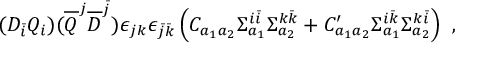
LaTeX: ( D _ { \bar { i } } Q _ { i } ) ( { \overline { { Q } } } ^ { j } { \overline { { D } } } ^ { \bar { j } } ) \epsilon _ { j k } \epsilon _ { { \bar { j } } { \bar { k } } } \left( C _ { a _ { 1 } a _ { 2 } } \Sigma _ { a _ { 1 } } ^ { i { \bar { i } } } \Sigma _ { a _ { 2 } } ^ { k { \bar { k } } } + C _ { a _ { 1 } a _ { 2 } } ^ { \prime } \Sigma _ { a _ { 1 } } ^ { i { \bar { k } } } \Sigma _ { a _ { 2 } } ^ { k { \bar { i } } } \right) ~ ,